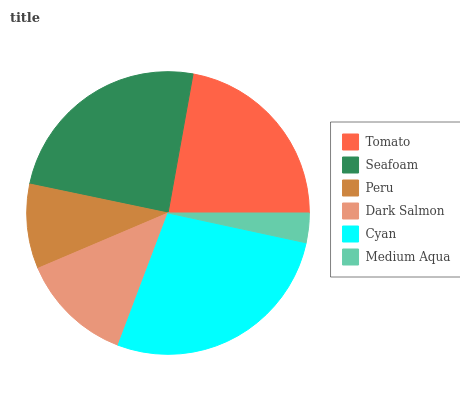
| Tomato | Seafoam | Peru | Dark Salmon | Cyan | Medium Aqua |
 | --- | --- | --- | --- | --- | --- |
 | 22.1% | 24.5% | 9.68% | 12.9% | 27.4% | 3.38% |